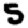
Digit: 5